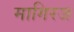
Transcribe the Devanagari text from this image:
मागिरज